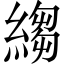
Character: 縐